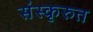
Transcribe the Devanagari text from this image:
संस्कृरुत